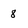
Character: 8